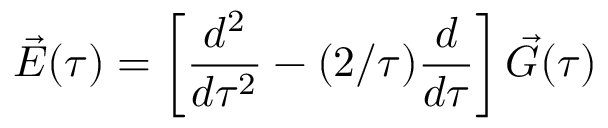
\vec { E } ( \tau ) = \left[ { \frac { d ^ { 2 } } { d \tau ^ { 2 } } } - ( 2 / \tau ) { \frac { d } { d \tau } } \right] \vec { G } ( \tau )